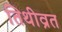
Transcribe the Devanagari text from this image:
तिथीव्रत